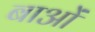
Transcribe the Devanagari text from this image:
बाओं